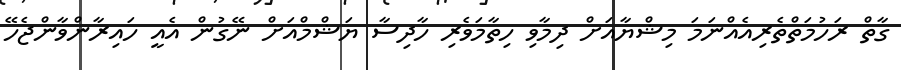
ގާތް ރަހުމަތްތެރިއެއްނަމަ މިޝްޔާއަށް ދިމާވި ހިތާމަވެރި ހާދިސާ ޔަޝްމްއަށް ނޭގުން އެއީ ހައިރާންވާންޖެހޭ